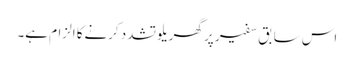
اس سابق سفیر پر گھریلو تشدد کرنےکا الزام ہے۔